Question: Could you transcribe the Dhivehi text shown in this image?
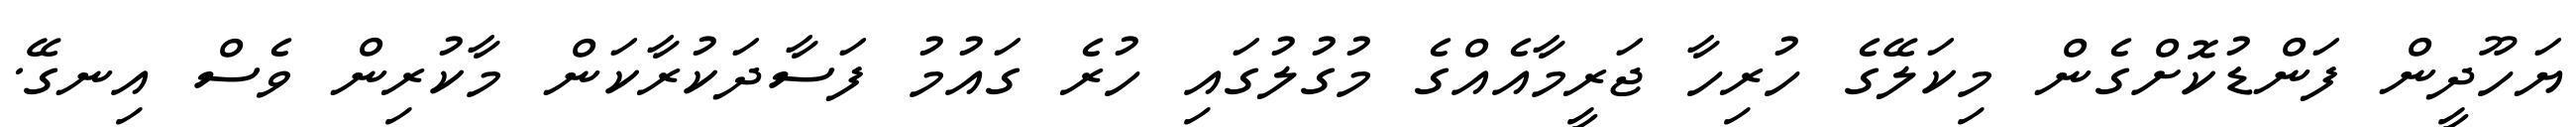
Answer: ޔަހޫދީން ފަންޑުކޮށްގެން މިކަލޭގެ ހުރިހާ ޖަރީމާއެއްގެ މުގުލުގައި ހުރެ ގައުމު ފަސާދަކުރާކަން މާކުރިން ވެސް އިނގޭ.